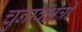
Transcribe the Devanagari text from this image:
चुनावक्षेत्रों